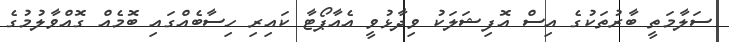
ސަލާމަތީ ބާރުތަކުގެ އިސް އޮފިޝަލަކު ވިދާޅުވީ އެއާޕޯޓާ ކައިރި ހިސާބެއްގައި ބޮމެއް ގޮއްވާލުމުގެ